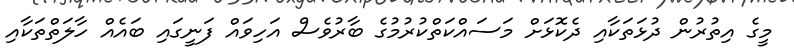
މީގެ އިތުރުން ދުޅަތަކާއި ދެކޮޅަށް މަސައްކަތްކުރުމުގެ ބާރުވެސް އަހިވައް ފަނީގައި ބައެއް ހާލަތްތަކާއި